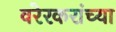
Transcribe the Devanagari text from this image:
वरेरकरांच्या